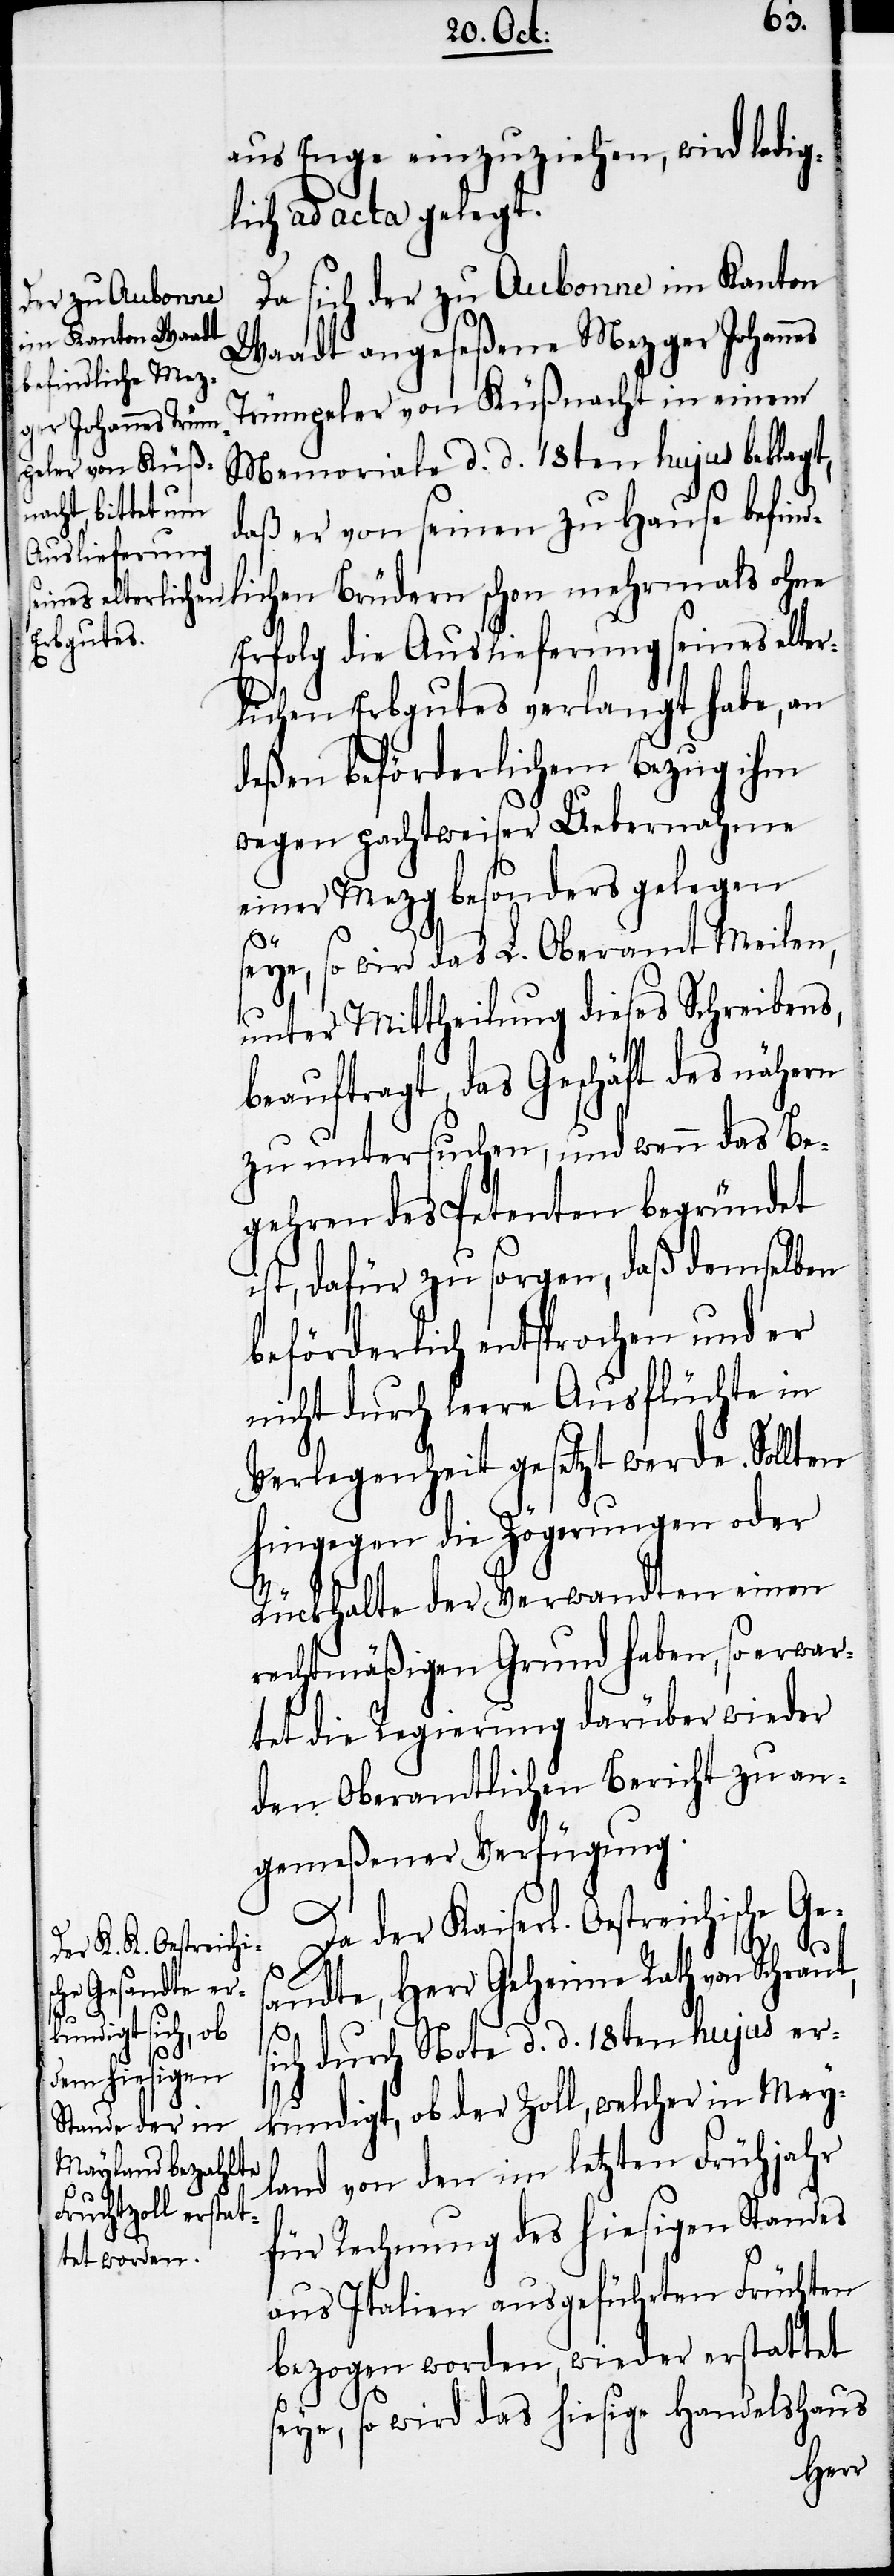
aus Enge einzuziehen, wird ledig¬
lich ad acta gelegt.
Da sich der zu Aubonne im Kanton
Waadt angeseßene Mezger Johann¬
Trümpeler von Küßnacht in einem
Memoriale d. d. 18ten hujus beklagt,
daß er von seinen zu Hause befind¬
lichen Brüdern schon mehrmals ohne
Erfolg die Auslieferung seines elter¬
lichen Erbgutes verlangt habe, an
deßen beförderlichen Bezug ihm
wegen pachtweiser Uebernahme
einer Mezg besonders gelegen
es
seye, so wird das L. Oberamt Meilen,
unter Mittheilung dieses Schreibens,
beauftragt, das Geschäft des nähern
zu untersuchen, und wenn das Be¬
gehren des Petenten begründet
ist, dafür zu sorgen, daß demselben
beförderlich entsprochen und er
nicht durch leere Ausflüchte in
Verlegenheit gesetzt werde. Sollten
hingegen die Zögerungen oder
Rückhalte der Verwandten einen
rechtmäßigen Grund haben, so erwar¬
tet die Regierung darüber wieder
den Oberamtlichen Bericht zu an¬
gemeßener Verfügung.
Da der Kaiserl. Oestreichische Ges¬
andte, Herr Geheime Rath von Schraut,
sich durch Note d. d. 18ten hujus er¬
kundigt, ob der Zoll, welcher in May¬
land von den im letzten Frühjahr
für Rechnung des hiesigen Standes
aus Italien ausgeführten Früchten
bezogen worden, wieder erstattet
seye, so wird das hiesige Handelshaus